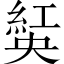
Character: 𦁾